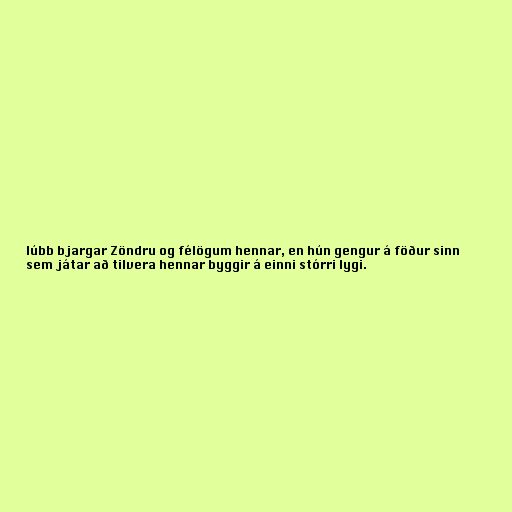
lúbb bjargar Zöndru og félögum hennar, en hún gengur á föður sinn
sem játar að tilvera hennar byggir á einni stórri lygi.